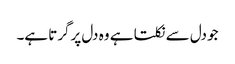
جو دل سے نکلتا ہے وہ دل پرگرتا ہے۔